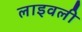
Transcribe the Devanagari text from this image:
लाइवली